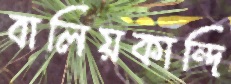
বালিয়কান্দি